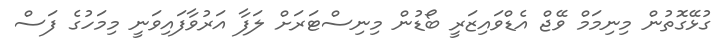
ގުޅޭގޮތުން މިނިމަމް ވޭޖް އެޑްވައިޒަރީ ބޯޑުން މިނިސްޓަރަށް ލަފާ އަރުވާފައިވަނީ މިމަހުގެ ފަސް